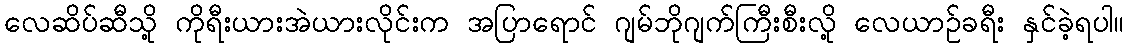
လေဆိပ်ဆီသို့ ကိုရီးယားအဲယားလိုင်းက အပြာရောင် ဂျမ်ဘိုဂျက်ကြီးစီးလို့ လေယာဉ်ခရီး နှင်ခဲ့ရပါ။